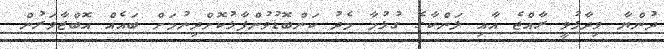
ދުންޔާ ވިދާޅުވީ ރާއްޖެ އާއި ލަންކާގެ ގުޅުމާ މެދު ކަންބޮޑުވުންފާޅުކޮށްދިނުމަށް ބައެއް އޮބްޒާވަރުން